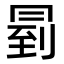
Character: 𠕥